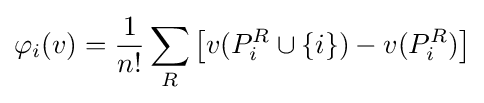
\varphi _{i}(v)={\frac {1}{n!}}\sum _{R}\left[v(P_{i}^{R}\cup \left\{i\right\})-v(P_{i}^{R})\right]